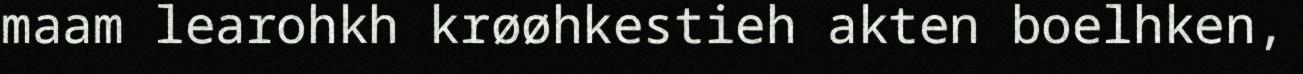
maam learohkh krøøhkestieh akten boelhken,